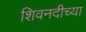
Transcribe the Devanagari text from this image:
शिवनदीच्या